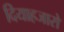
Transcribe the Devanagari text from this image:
दियाहजारो